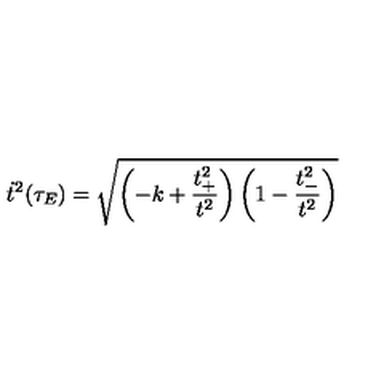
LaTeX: \dot { t } ^ { 2 } ( \tau _ { E } ) = \sqrt { \left( - k + \frac { t _ { + } ^ { 2 } } { t ^ { 2 } } \right) \left( 1 - \frac { t _ { - } ^ { 2 } } { t ^ { 2 } } \right) }